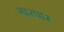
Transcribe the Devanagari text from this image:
गास्पार